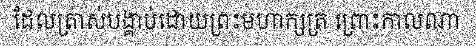
ដែលត្រាស់បង្គាប់ដោយព្រះមហាក្សត្រ ព្រោះកាលណា